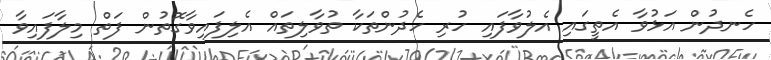
ހެނދުން އަޅުވާ އެތީގައި އެލުވާފައި ހުރި ހެދުންތަކާ ތުވާލިތައް އެލިފައިވާގޮތުން ފަތް މިލާފައިވާ